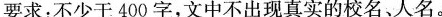
要求：不少于400字，文中不出现真实的校名、人名。